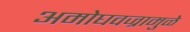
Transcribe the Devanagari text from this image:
अमोघवज्रामुळे